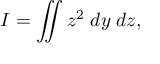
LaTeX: I = \iint z ^ { 2 } \; d y \; d z ,